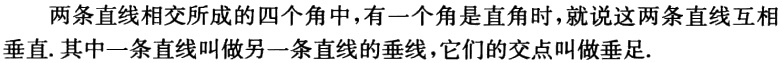
两条直线相交所成的四个角中，有一个角是直角时，就说这两条直线互相垂直. 其中一条直线叫做另一条直线的垂线，它们的交点叫做垂足.